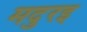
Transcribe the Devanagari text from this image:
मदुरइ